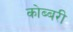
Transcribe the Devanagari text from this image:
कोब्बरी